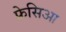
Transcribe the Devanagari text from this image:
फ्रेसिआ